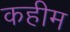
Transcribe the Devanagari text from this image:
कहीम